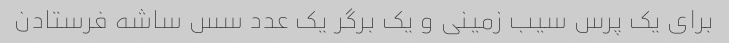
برای یک پرس سیب زمینی و یک برگر یک عدد سس ساشه فرستادن